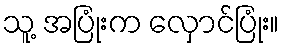
သူ့ အပြုံးက လှောင်ပြုံး။